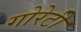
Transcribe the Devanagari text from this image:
गोरेटी